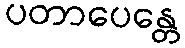
ပတာပေန္တေ